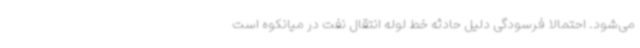
می‌شود. احتمالا فرسودگی دلیل حادثه خط لوله انتقال نفت در میانکوه است